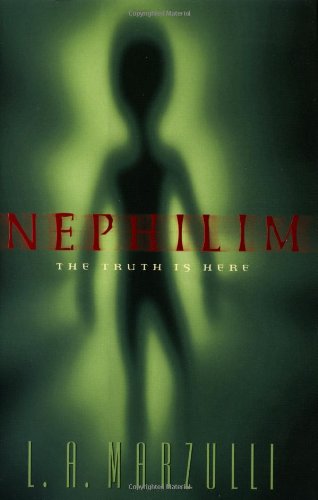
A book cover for Nephilim: The Truth is Here (Nephilim Series Vol. 1); L. A. Marzulli; Religion & Spirituality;